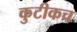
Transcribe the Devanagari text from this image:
कुटीकच